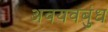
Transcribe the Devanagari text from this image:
अवयवबुंध